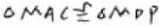
\Delta M A C \cong \Delta M D P